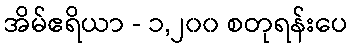
အိမ်ဧရိယာ - ၁,၂၀၀ စတုရန်းပေ